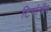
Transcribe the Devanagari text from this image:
टियांगोंग